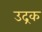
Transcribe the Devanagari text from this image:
उद्रक